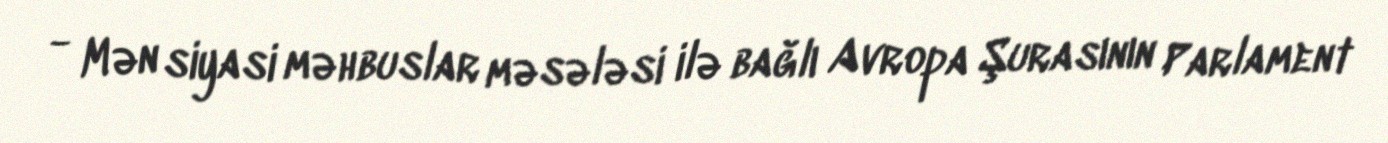
- Mən siyasi məhbuslar məsələsi ilə bağlı Avropa Şurasının Parlament